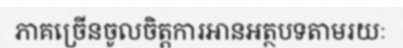
ភាគច្រើនចូលចិត្តការអានអត្ថបទតាមរយៈ